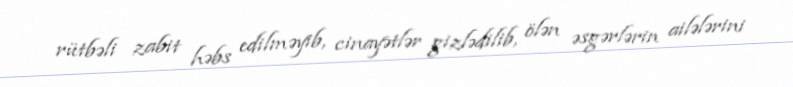
rütbəli zabit həbs edilməyib, cinayətlər gizlədilib, ölən əsgərlərin ailələrini